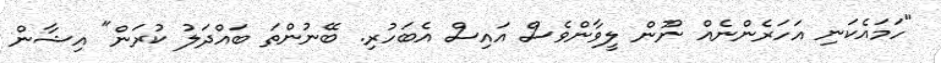
"ހަމައެކަނި އަހަރެންނެއް ނޫން ލީވާންވެސް އައިސް އެބަހުރި. ބޭނުންތަ ބައްދަލު ކުރަން" އިޝާން